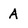
Character: A